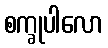
စက္ခုပါလော